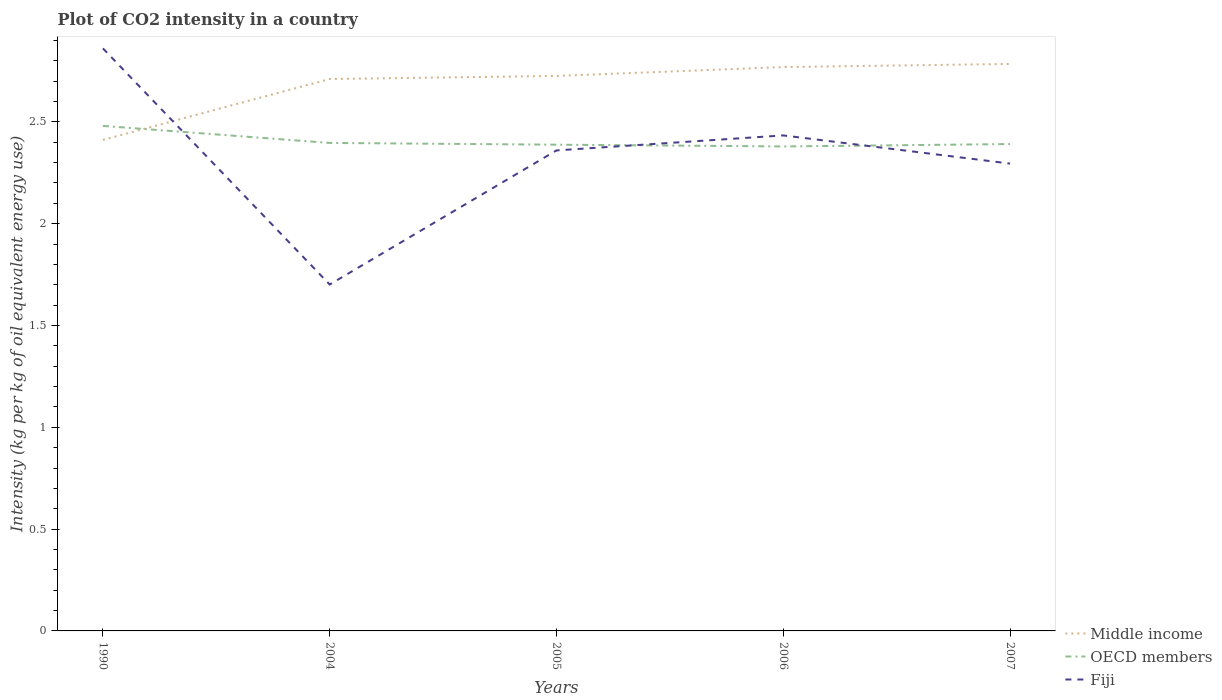
| Years | Middle income | OECD members | Fiji |
 | --- | --- | --- | --- |
 | 1990 | 2.41 | 2.48 | 2.86 |
 | 2004 | 2.71 | 2.4 | 1.7 |
 | 2005 | 2.73 | 2.39 | 2.36 |
 | 2006 | 2.77 | 2.38 | 2.43 |
 | 2007 | 2.78 | 2.39 | 2.3 |